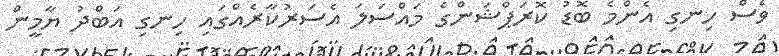
ވެސް ހިނގި އެންމެ ބޮޑު ކޮރަޕްޝަންގެ މައްސަލަ އެސަރުކާރެއްގައި ހިނގި އަބްދު ޔާމީން